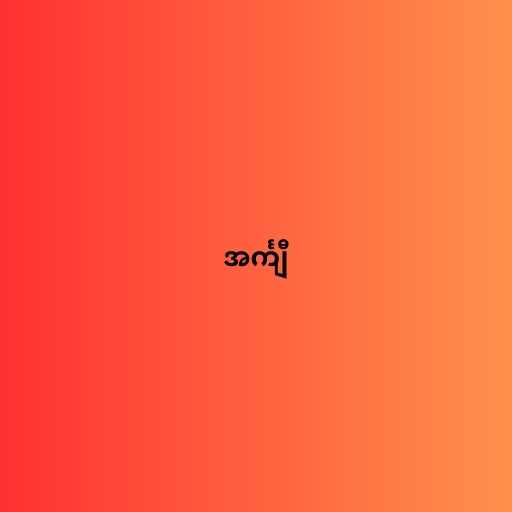
အင်္ကျီ